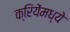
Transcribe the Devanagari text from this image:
क्रियेंमध्ये